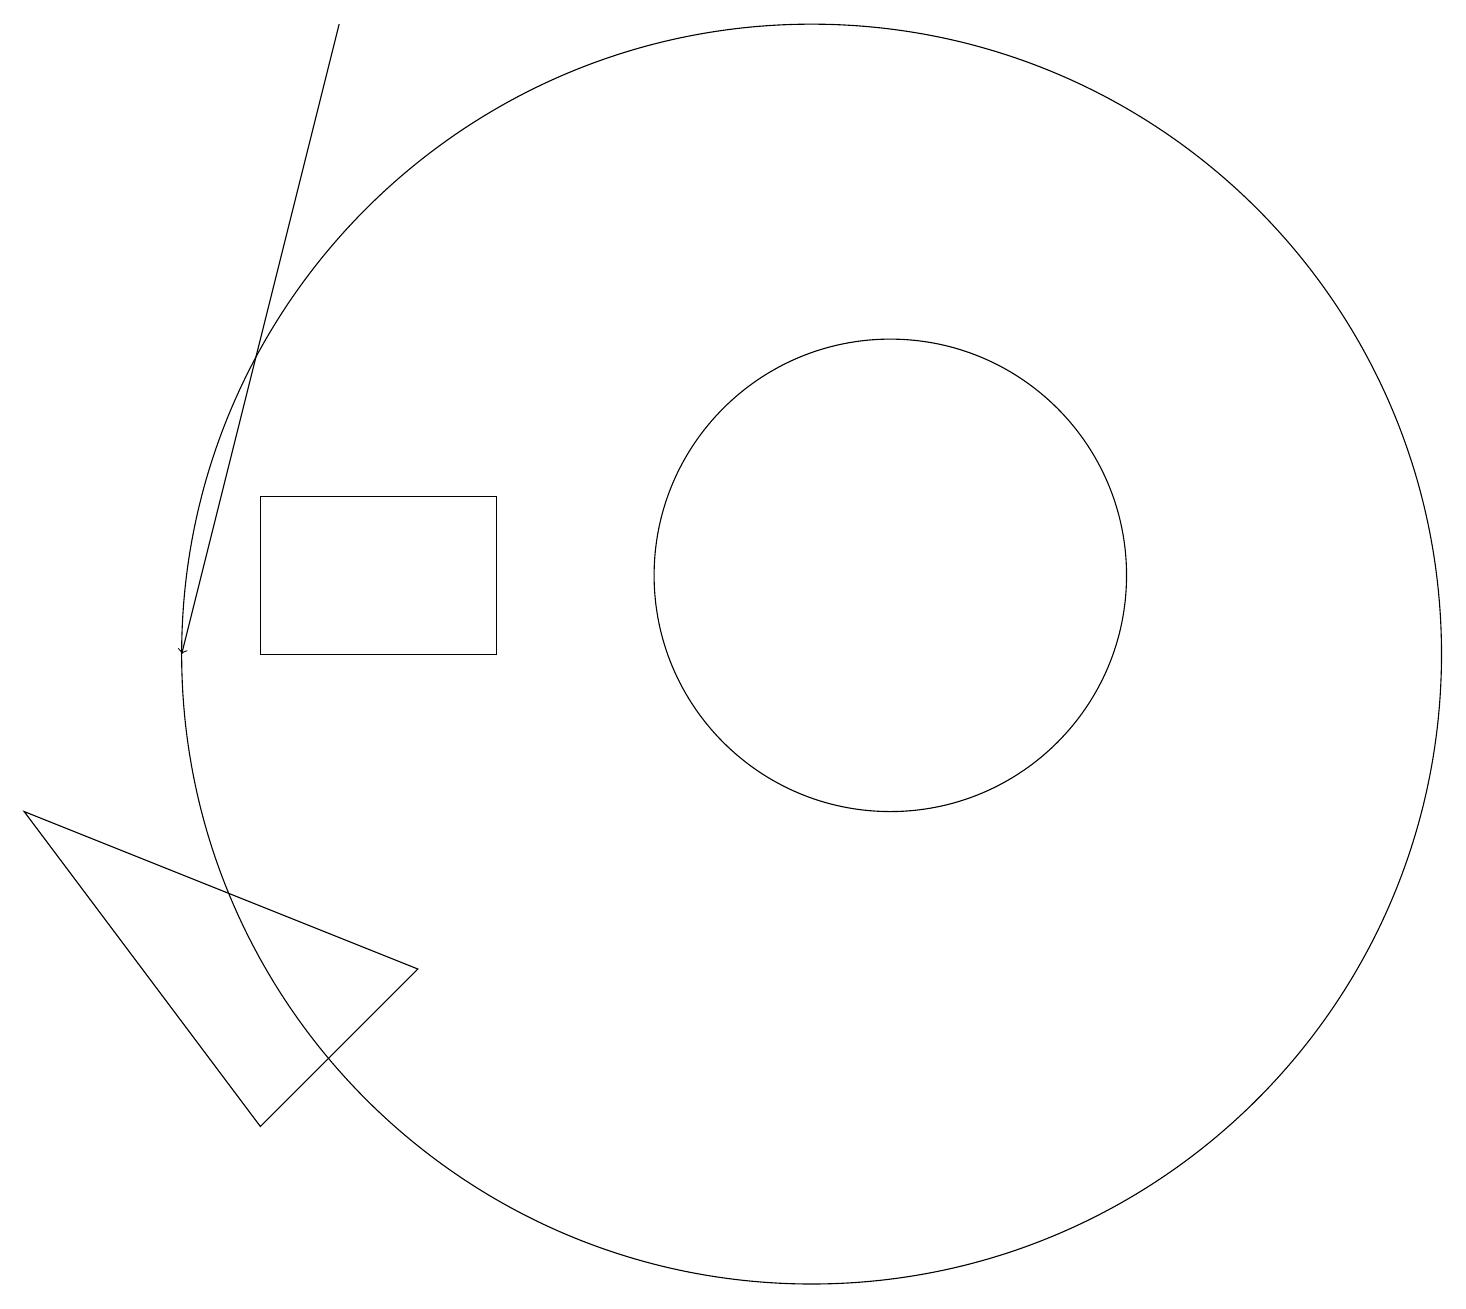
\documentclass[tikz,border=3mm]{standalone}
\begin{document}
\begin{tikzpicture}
\draw[->] (5,19) -- (3,11);
\draw (11,11) circle (8);
\draw (12,12) circle (3);
\draw (4,11) rectangle (7,13);
\draw (6,7) -- (1,9) -- (4,5) -- cycle;
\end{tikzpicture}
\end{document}